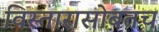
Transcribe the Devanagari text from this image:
विस्तारासोबतच